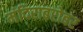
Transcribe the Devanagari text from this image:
मंदिराबरोबर